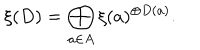
\xi ( D ) = \bigoplus _ { a \in A } \xi ( a ) ^ { \oplus D ( a ) } .